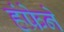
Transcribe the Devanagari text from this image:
हंफ्रेने